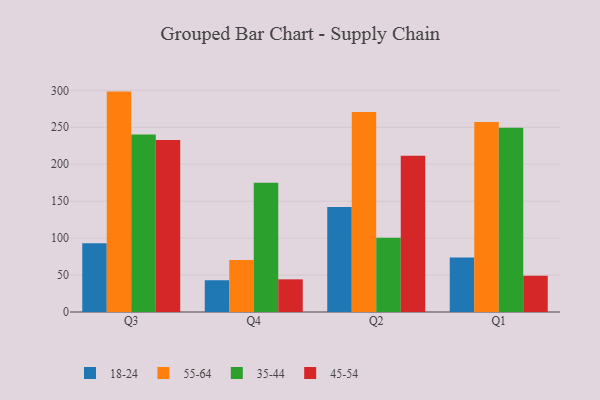
{"axis": {"x": "Quarter", "y": "Budget (USD K)"}, "legend": ["18-24", "35-44", "45-54", "55-64"], "data": [{"x": "Q3", "y": 93.2, "type": "18-24"}, {"x": "Q3", "y": 298.3, "type": "55-64"}, {"x": "Q3", "y": 240.1, "type": "35-44"}, {"x": "Q3", "y": 232.9, "type": "45-54"}, {"x": "Q4", "y": 43.0, "type": "18-24"}, {"x": "Q4", "y": 70.3, "type": "55-64"}, {"x": "Q4", "y": 175.1, "type": "35-44"}, {"x": "Q4", "y": 44.2, "type": "45-54"}, {"x": "Q2", "y": 142.1, "type": "18-24"}, {"x": "Q2", "y": 270.7, "type": "55-64"}, {"x": "Q2", "y": 100.5, "type": "35-44"}, {"x": "Q2", "y": 211.4, "type": "45-54"}, {"x": "Q1", "y": 73.9, "type": "18-24"}, {"x": "Q1", "y": 257.2, "type": "55-64"}, {"x": "Q1", "y": 249.5, "type": "35-44"}, {"x": "Q1", "y": 48.9, "type": "45-54"}]}